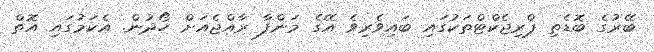
ބޭރުގެ ބޮޑެތި ޕްރިޖެކްޓްތަކުގައި ބައިވެރިވެ އޭގެ މަންފާ ރާއްޖެއަށް ހޯދުން. އެކަމުގައި އޮތް